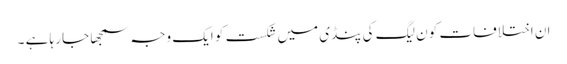
ان اختلافات کو ن لیگ کی پنڈی میں شکست کو ایک وجہ سمجھا جا رہا ہے ۔